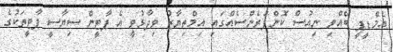
އެމްޑީޕީ ބޭއްވި ނިއުސް ކޮންފަރެންސެއްގައި އިމްތިޔާޒު ވިދާޅުވީ އެ ޕާޓީން ސިޔާސީ ޕާޓީތަކުގެ